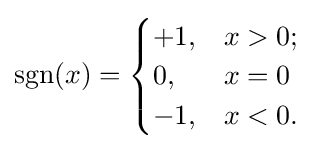
\operatorname {sgn}(x)={\begin{cases}+1,&x>0;\\0,&x=0\\-1,&x<0.\end{cases}}